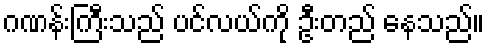
ဂဏန်းကြီးသည် ပင်လယ်ကို ဦးတည် နေသည်။